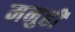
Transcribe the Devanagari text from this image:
मनुही